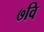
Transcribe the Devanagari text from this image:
७वि